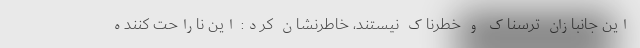
این جانبازان ترسناک و خطرناک نیستند، خاطرنشان کرد: این ناراحت کننده